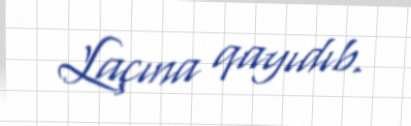
Laçına qayıdıb.